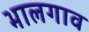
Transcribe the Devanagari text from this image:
भालगाव